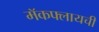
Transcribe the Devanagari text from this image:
मॅकफ्लायची